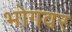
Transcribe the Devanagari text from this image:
भोगवर